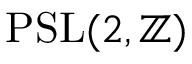
\operatorname { P S L } ( 2 , \mathbb { Z } )